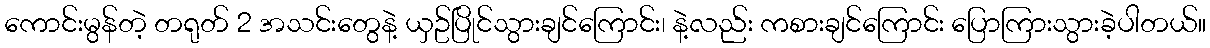
ကောင်းမွန်တဲ့ တရုတ် 2 အသင်းတွေနဲ့ ယှဥ်ပြိုင်သွားချင်ကြောင်း၊ နဲ့လည်း ကစားချင်ကြောင်း ပြောကြားသွားခဲ့ပါတယ်။